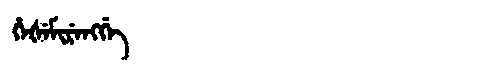
Manchu: ᡥᡝᡧᡝᠮᡳᡵᡝᠩᡤᡝ
Romanization: HEŠEMIRENGGE